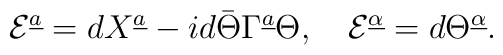
{\cal E}^{\underline a}=dX^{\underline a}-id\bar\Theta\Gamma^{\underline a}\Theta, \quad{\cal E}^{\underline\alpha}=d\Theta^{\underline\alpha}.